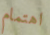
اهتمام